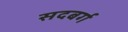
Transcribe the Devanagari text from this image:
सदबर्ग